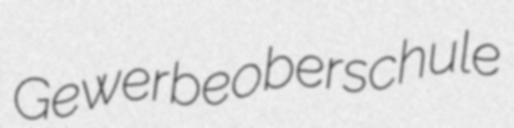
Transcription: Gewerbeoberschule